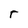
Character: r